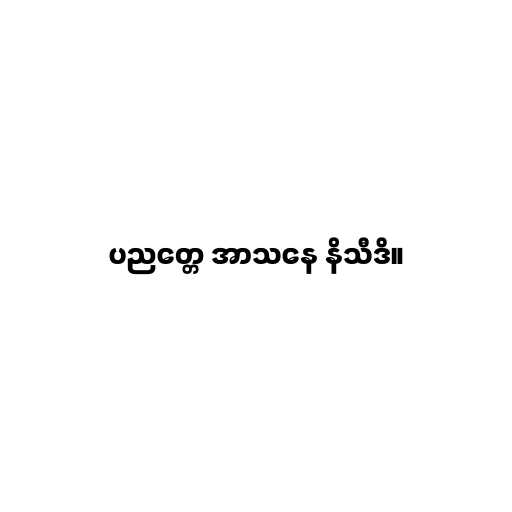
ပညတ္တေ အာသနေ နိသီဒိ။